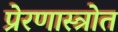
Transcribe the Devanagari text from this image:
प्रेरणास्‍त्रोत